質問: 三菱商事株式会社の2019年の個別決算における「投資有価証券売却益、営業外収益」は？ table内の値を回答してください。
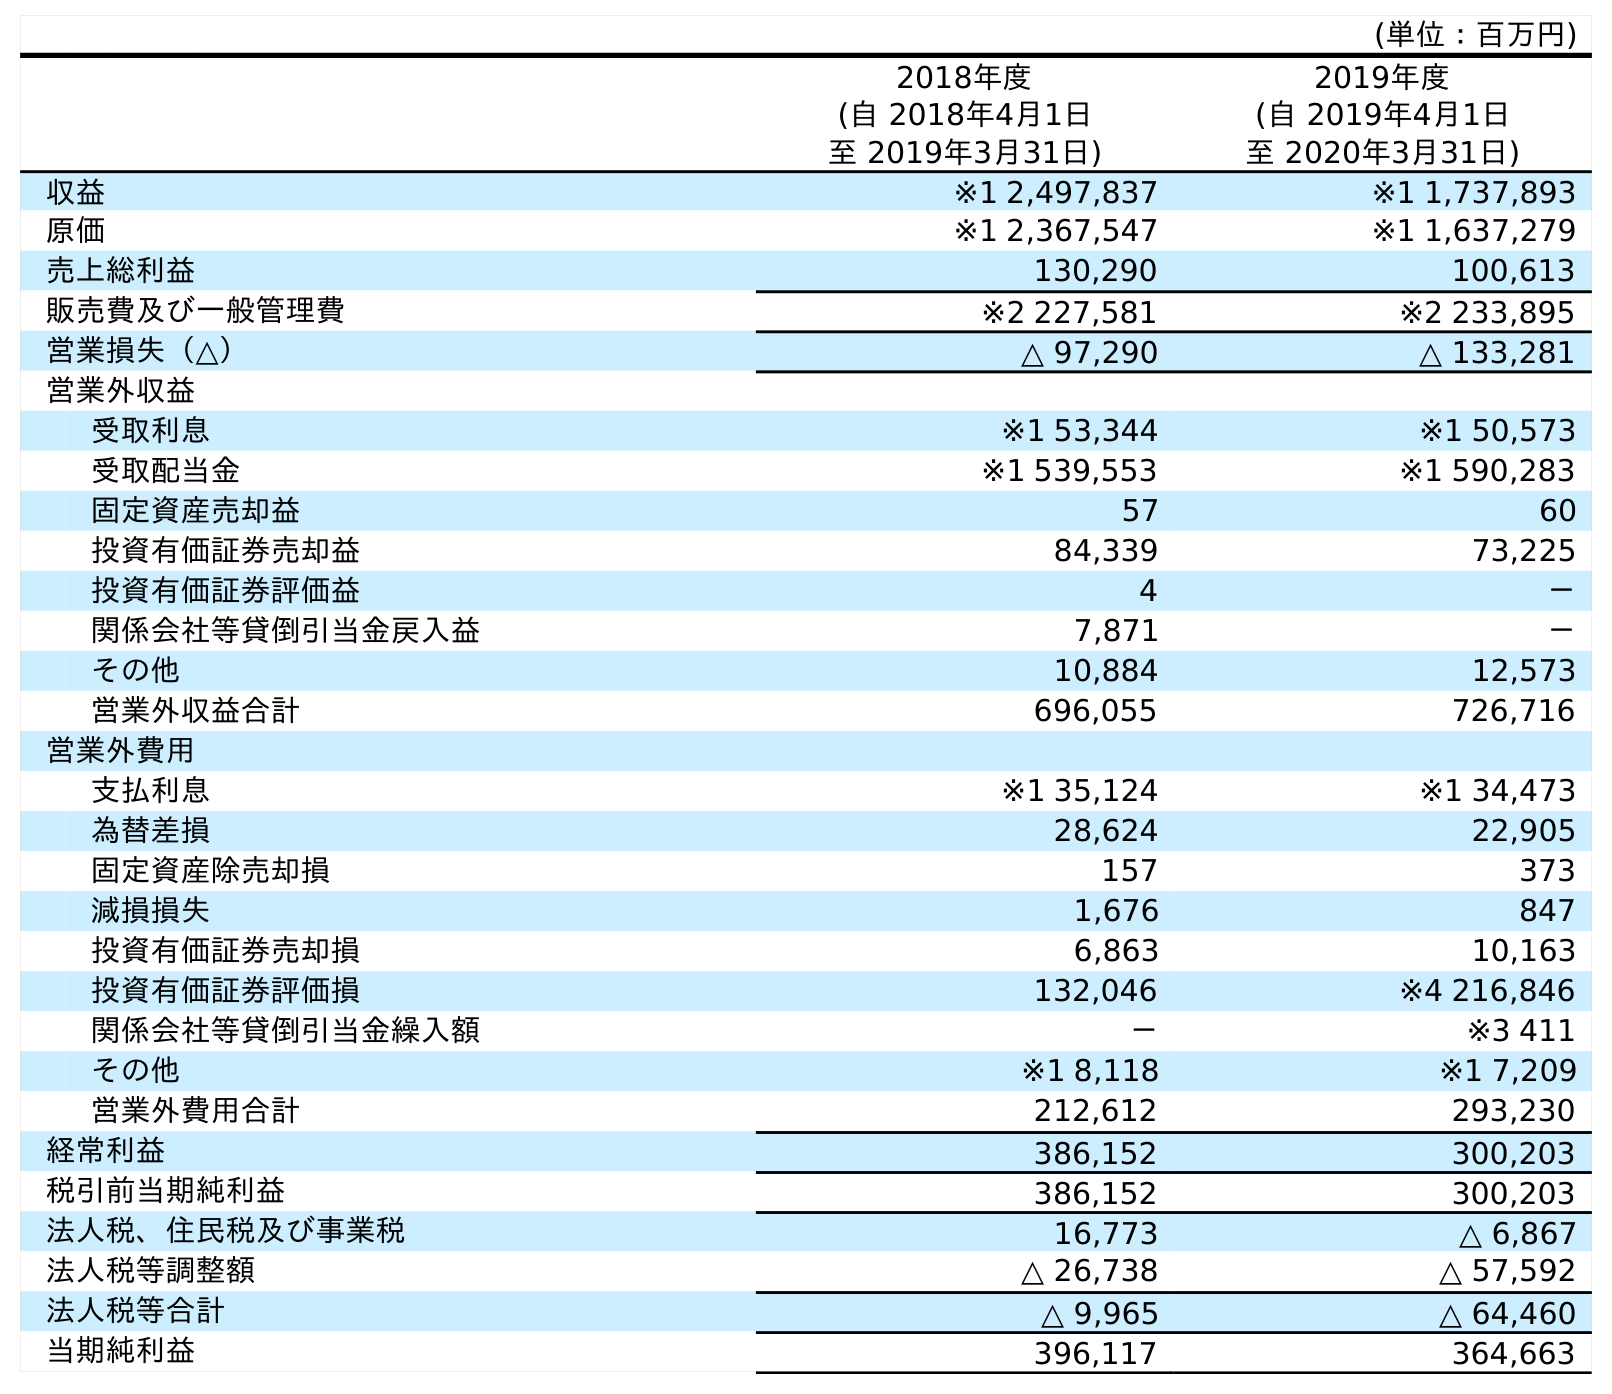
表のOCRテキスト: (単位：百万円) 2018年度 (自 2018年4月1日 至 2019年3月31日) 2019年度 (自 2019年4月1日 至 2020年3月31日) 収益 ※1 2,497,837 ※1 1,737,893 原価 ※1 2,367,547 ※1 1,637,279 売上総利益 130,290 100,613 販売費及び一般管理費 ※2 227,581 ※2 233,895 営業損失（△） △ 97,290 △ 133,281 営業外収益 受取利息 ※1 53,344 ※1 50,573 受取配当金 ※1 539,553 ※1 590,283 固定資産売却益 57 60 投資有価証券売却益 84,339 73,225 投資有価証券評価益 4 － 関係会社等貸倒引当金戻入益 7,871 － その他 10,884 12,573 営業外収益合計 696,055 726,716 営業外費用 支払利息 ※1 35,124 ※1 34,473 為替差損 28,624 22,905 固定資産除売却損 157 373 減損損失 1,676 847 投資有価証券売却損 6,863 10,163 投資有価証券評価損 132,046 ※4 216,846 関係会社等貸倒引当金繰入額 － ※3 411 その他 ※1 8,118 ※1 7,209 営業外費用合計 212,612 293,230 経常利益 386,152 300,203 税引前当期純利益 386,152 300,203 法人税、住民税及び事業税 16,773 △ 6,867 法人税等調整額 △ 26,738 △ 57,592 法人税等合計 △ 9,965 △ 64,460 当期純利益 396,117 364,663
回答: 84,339